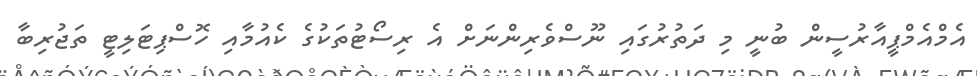
އެމްއެމްޕީއާރުސީން ބުނީ މި ދަތުރުގައި ނޫސްވެރިންނަށް އެ ރިސޯޓުތަކުގެ ކެއުމާއި ހޮސްޕިޓަލިޓީ ތަޖުރިބާ